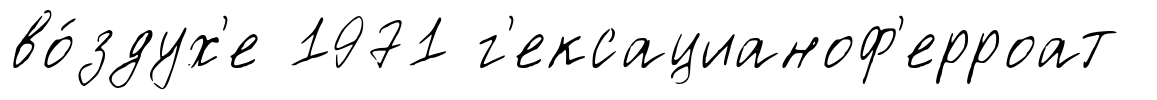
во́здух'е 1971 г'ексацианоф'ерроат